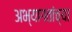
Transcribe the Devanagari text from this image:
अभ्यागतांच्या